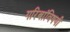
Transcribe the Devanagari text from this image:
गरिबांविषयी